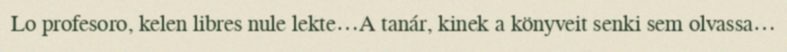
Lo profesoro, kelen libres nule lekte…A tanár, kinek a könyveit senki sem olvassa…